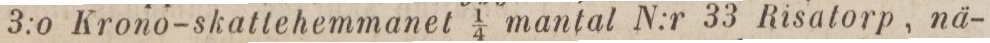
3:o Krono-skattehemmanet 1/4 mantal N:r 33 Risatorp, nä-